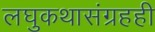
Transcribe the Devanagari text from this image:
लघुकथासंग्रहही